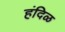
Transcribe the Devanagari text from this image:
हंदिळ